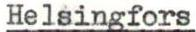
Helsingfors